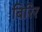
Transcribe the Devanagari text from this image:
बिरिर